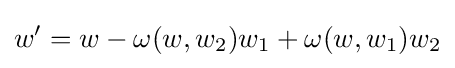
w'=w-\omega (w,w_{2})w_{1}+\omega (w,w_{1})w_{2}